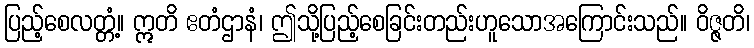
ပြည့်စေလတ္တံ့။ ဣတိ ဧတံဌာနံ၊ ဤသို့ပြည့်စေခြင်းတည်းဟူသောအကြောင်းသည်။ ဝိဇ္ဇတိ၊